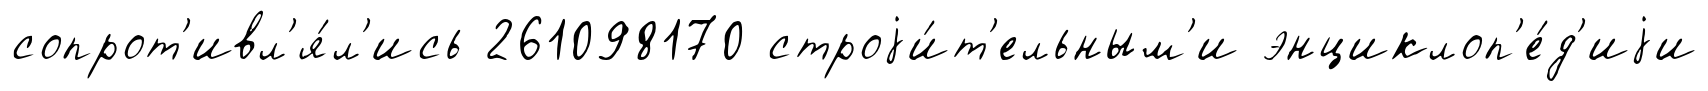
сопрот'ивл'я́л'ись 261098170 строjи́т'ельным'и энциклоп'е́д'иjи